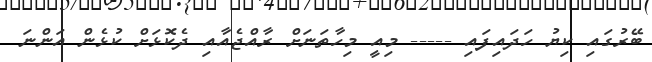
ބޭރުގައި ކިޔު ހަދައިފައި ----- މިއީ މިހާތަނަށް ރާއްޖެއާއި ދެކޮޅަށް ކުޅެން އަންނަ